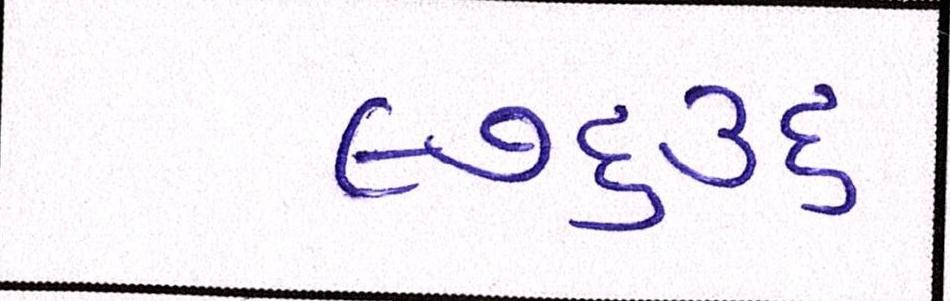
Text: ૯૭૬૩૬